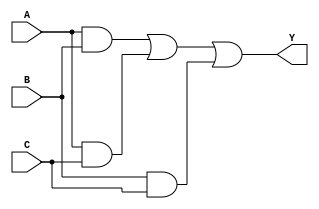
module sop_simplification (
    input wire A,  // First binary input
    input wire B,  // Second binary input
    input wire C,  // Third binary input
    output wire Y  // Output representing the simplified SOP expression
);

// Internal signals for product terms
wire term1;  // A AND B
wire term2;  // A AND C
wire term3;  // B AND C

// Implementing the product terms using AND gates
assign term1 = A & B;  // A * B
assign term2 = A & C;  // A * C
assign term3 = B & C;  // B * C

// Combining the product terms using an OR gate to get the final output
assign Y = term1 | term2 | term3;  // Y = (A * B) + (A * C) + (B * C)

endmodule